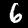
Label: 6